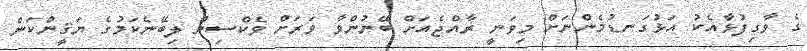
ގެ ވާގިފުޅާއެކު އަޅުގަނޑުމެންނަށް މިވަނީ ރާއްޖެއަށް ބޭނުންވާ ވަރަށް ވެކްސިން ލިބޭނެކަމުގެ ޔަޤީންކަން